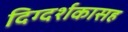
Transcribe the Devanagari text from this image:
दिग्दर्शकासह